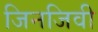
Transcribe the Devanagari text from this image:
जिनजिवी